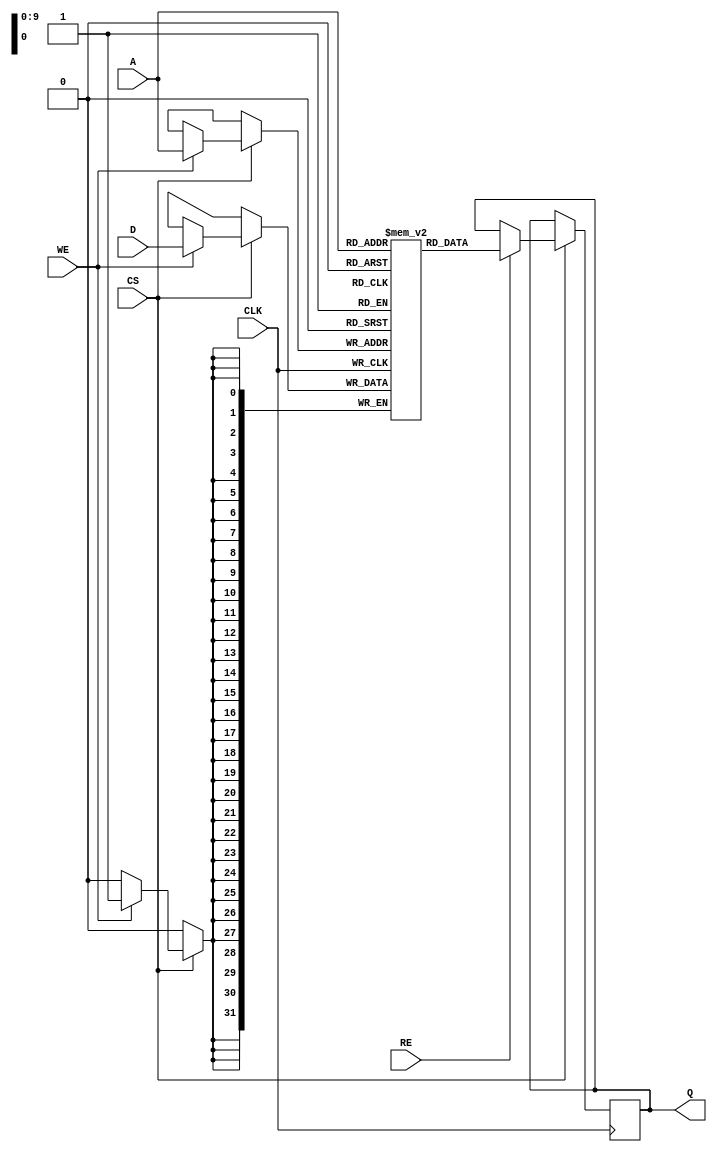
module eSRAM #(
    parameter DATA_WIDTH = 32,  // Configurable data width (e.g., 8, 16, 32)
    parameter ADDR_WIDTH = 10    // Address width based on depth (e.g., 1024 for 10 bits)
) (
    input wire                    CLK,    // Clock signal
    input wire                    CS,     // Chip select
    input wire                    WE,     // Write enable
    input wire                    RE,     // Read enable
    input wire [ADDR_WIDTH-1:0]  A,      // Address input
    input wire [DATA_WIDTH-1:0]   D,      // Data input
    output reg [DATA_WIDTH-1:0]   Q       // Data output
);

    // Memory array declaration
    reg [DATA_WIDTH-1:0] memory_array [(2**ADDR_WIDTH)-1:0];

    always @(posedge CLK) begin
        if (CS) begin
            if (WE) begin
                // Write operation
                memory_array[A] <= D;
            end
            if (RE) begin
                // Read operation
                Q <= memory_array[A];
            end
        end
    end

endmodule